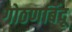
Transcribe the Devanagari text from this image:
गोठणबिंदू